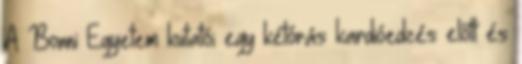
A Bonni Egyetem kutatói egy kétórás kardióedzés előtt és